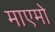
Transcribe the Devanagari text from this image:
माएमो